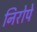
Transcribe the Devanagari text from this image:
निरोपे